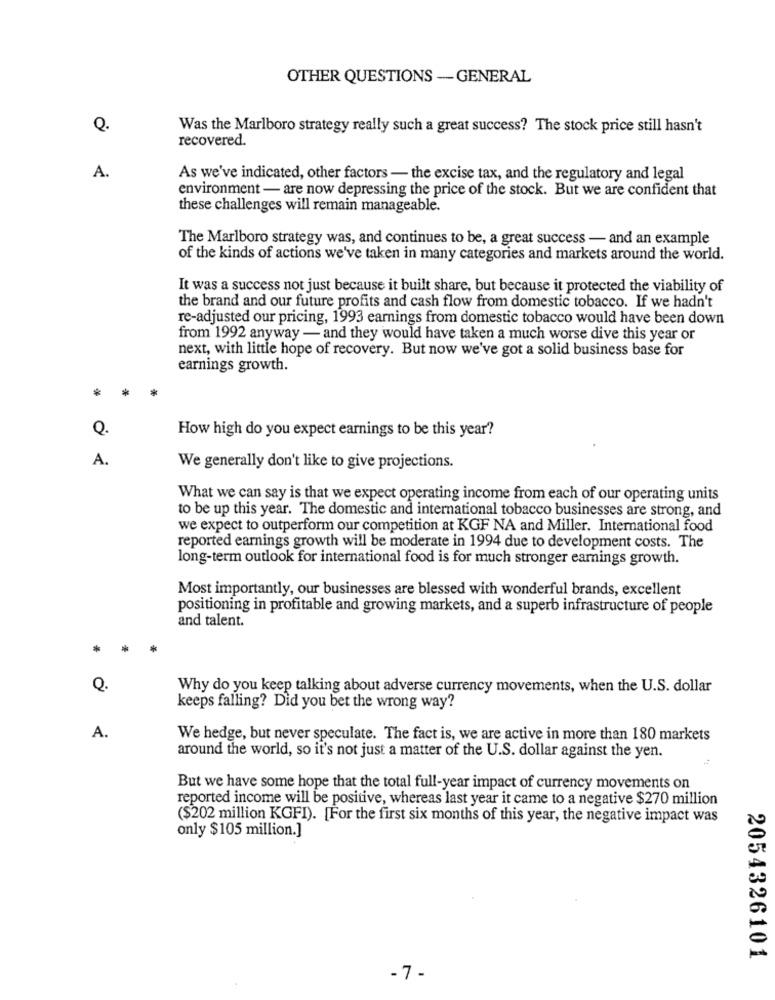
OTHER QUESTIONS -GENERAL
Q.
Was the Marlboro strategy really such a great success? The stock price still hasn't
recovered.
A.
As we've indicated, other factors - the excise tax, and the regulatory and legal
environment - are now depressing the price of the stock. But we are confident that
these challenges will remain manageable.
The Marlboro strategy was, and continues to be, a great success - and an example
of the kinds of actions we've taken in many categories and markets around the world.
It was a success not just because it built share, but because it protected the viability of
the brand and our future profits and cash flow from domestic tobacco. If we hadn't
re-adjusted our pricing, 1993 earnings from domestic tobacco would have been down
from 1992 anyway - and they would have taken a much worse dive this year or
next, with little hope of recovery. But now we've got a solid business base for
earnings growth.
*
Q.
How high do you expect earnings to be this year?
A.
We generally don't like to give projections.
What we can say is that we expect operating income from each of our operating units
to be up this year. The domestic and international tobacco businesses are strong, and
we expect to outperform our competition at KGF NA and Miller. International food
reported earnings growth will be moderate in 1994 due to development costs. The
long-term outlook for international food is for much stronger earnings growth.
Most importantly, our businesses are blessed with wonderful brands, excellent
positioning in profitable and growing markets, and a superb infrastructure of people
and talent.
Q.
Why do you keep talking about adverse currency movements, when the U.S. dollar
keeps falling? Did you bet the wrong way?
A.
We hedge, but never speculate. The fact is, we are active in more than 180 markets
around the world, so it's not just a matter of the U.S. dollar against the yen.
But we have some hope that the total full-year impact of currency movements on
reported income will be positive, whereas last year it came to a negative $270 million
($202 million KGFI). [For the first six months of this year, the negative impact was
only $105 million.]
2054326101
-7-